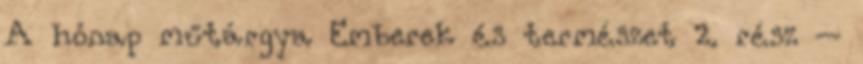
A hónap műtárgya Emberek és természet 2. rész –